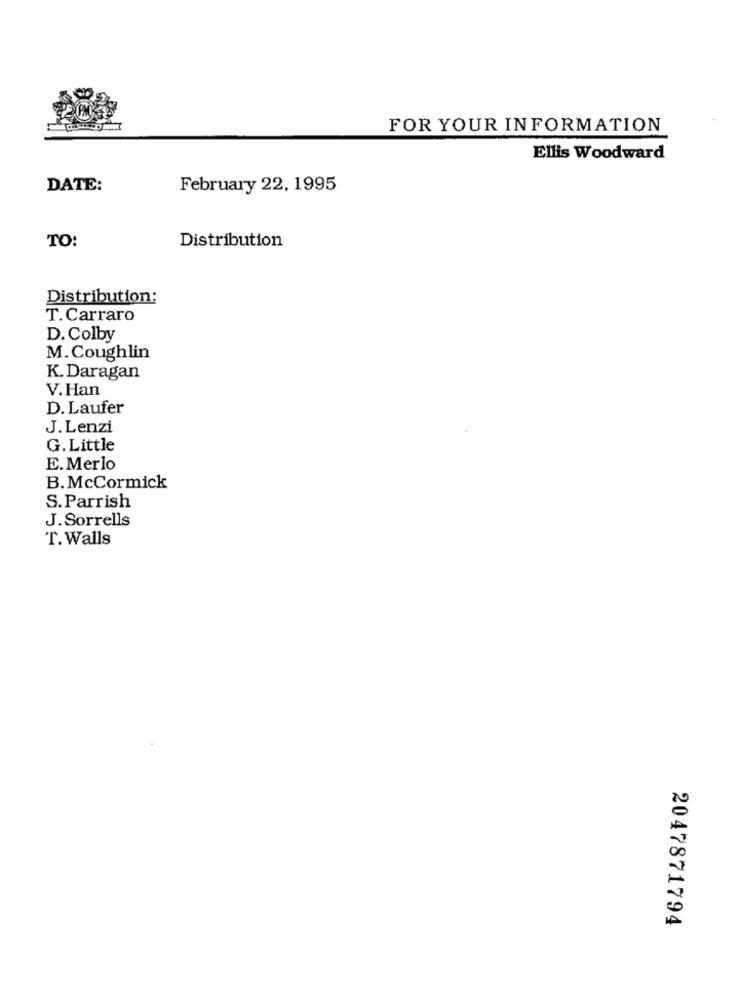
FOR YOUR INFORMATION
Ellis Woodward
DATE:
February 22, 1995
Distribution
TO:
Distribution:
T. Carraro
D. Colby
M. Coughlin
K. Daragan
V. Han
D. Laufer
J.Lenzi
G.Little
E.Merlo
B.McCormick
S. Parrish
J.Sorrells
T. Walls
2047871794